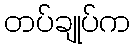
တပ်ချုပ်က